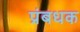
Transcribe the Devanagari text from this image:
प्रंबधक